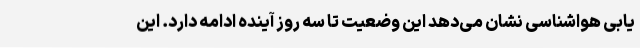
یابی هواشناسی نشان می‌دهد این وضعیت تا سه روز آینده ادامه دارد. این